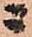
ニ